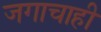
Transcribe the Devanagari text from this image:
जगाचाही